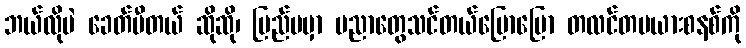
ဘယ်လိုပဲ ခေတ်မီတယ် ဆိုဆို၊ ပြည်ပမှာ ပညာတွေသင်တယ်ပြောပြော တလင်တမယားစနစ်ကို